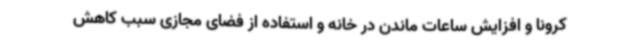
کرونا و افزایش ساعات ماندن در خانه و استفاده از فضای مجازی سبب کاهش